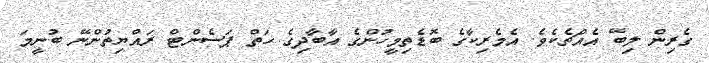
ގެރިން ލިބޭ އެއްޗެކެވެ. އެމެރިކާގެ ބޮޑެތިމީހުންގެ އާބާދިގެ ހަތް ޕަސެންޓް ރައްޔިތުންނޭ ބުނީމަ